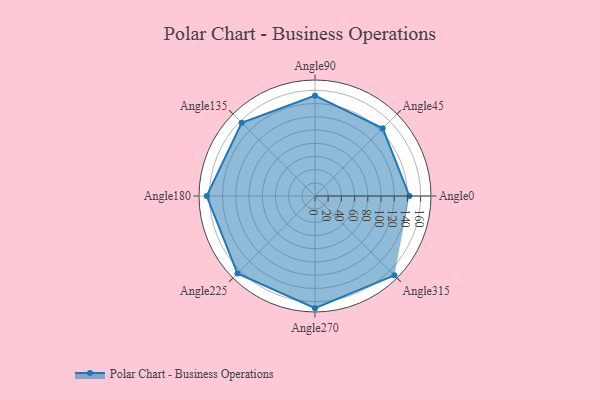
{"axis": {"x": "Angle", "y": "Radius"}, "legend": [""], "data": [{"x": "Angle0", "y": 143.0, "type": ""}, {"x": "Angle45", "y": 145.0, "type": ""}, {"x": "Angle90", "y": 152.0, "type": ""}, {"x": "Angle135", "y": 157.0, "type": ""}, {"x": "Angle180", "y": 164.0, "type": ""}, {"x": "Angle225", "y": 166.0, "type": ""}, {"x": "Angle270", "y": 170, "type": ""}, {"x": "Angle315", "y": 170, "type": ""}]}